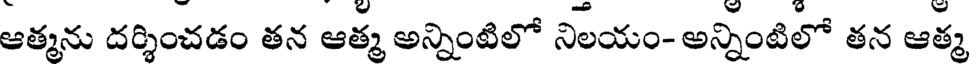
ఆత్మను దర్శించడం తన ఆత్మ అన్నింటిలో నిలయం- అన్నింటిలో తన ఆత్మ